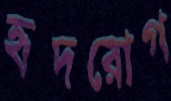
হৃদরোগ